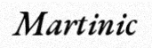
Martinic